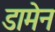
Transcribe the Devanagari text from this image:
डामेन